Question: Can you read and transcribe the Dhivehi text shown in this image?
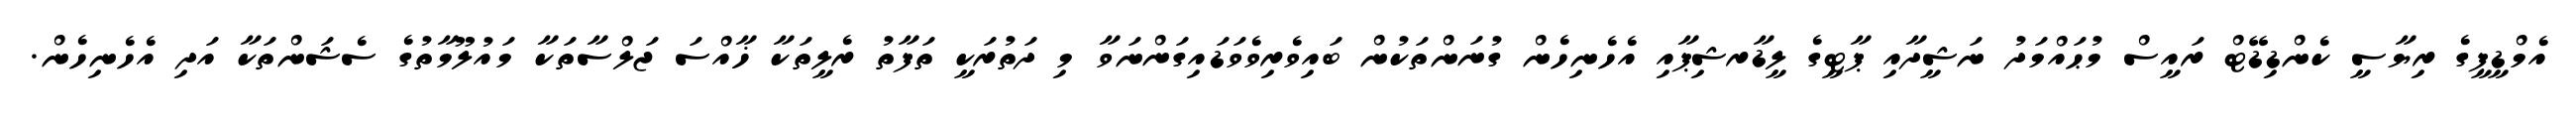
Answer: އެމްޑީޕީގެ ރިޔާސީ ކެންޑިޑޭޓް ރައީސް މުޙައްމަދު ނަޝީދާއި ޕާޓީގެ ލީޑާރޝިޕާއި އެހެނިހެން ގުނަންތަކުން ބައިވެރިވެވަޑައިގަންނަވާ މި ދަތުރަކީ ތަފާތު ރެލީތަކާ ޚާއްސަ ޖަލްސާތަކާ މައުލޫމާތުގެ ސެޝަންތަކާ އަދި އެހެނިހެން.